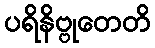
ပရိနိဗ္ဗုတေတိ